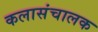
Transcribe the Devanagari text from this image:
कलासंचालक